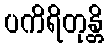
ပကိရိတုန္တိ